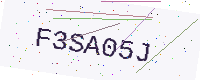
Text: F3SA05J